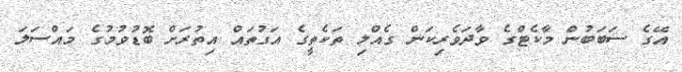
އޭގެ ސަބަބުން މާކެޓްގެ ވާދަވެރިކަން ގެއްލި ތަކެތީގެ އަގުތައް އިތުރަށް ބޮޑުވުމުގެ މައްސަލަ